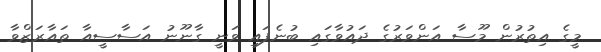
މީގެ އިތުރުން މޫސާ އަންވަރުގެ ދައުވާގައި ބުނެފައި ވަނީ ގާނޫނު އަސާސީއާ ތައާރަޒްވާ